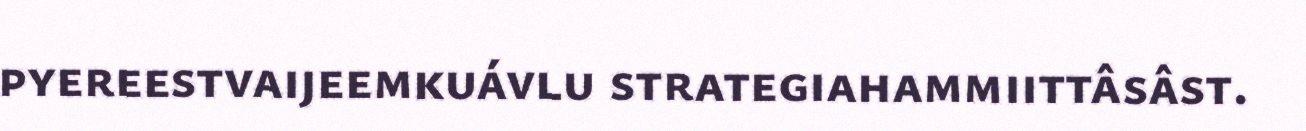
pyereestvaijeemkuávlu strategiahammiittâsâst.